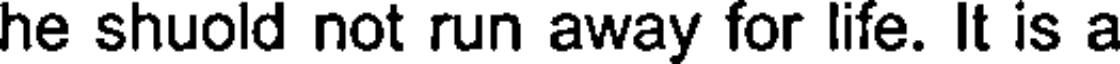
he shuold not run away for life. It is a